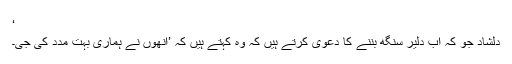
‘
دلشاد جو کہ اب دلیر سنگھ بننے کا دعویٰ کرتے ہیں کہ وہ کہتے ہیں کہ ’انھوں نے ہماری بہت مدد کی جی۔